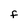
Character: F